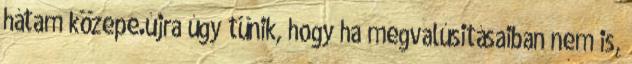
hátam közepe.újra úgy tünik, hogy ha megvalúsitásaiban nem is,